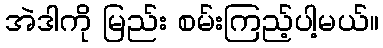
အဲဒါကို မြည်း စမ်းကြည့်ပါ့မယ်။